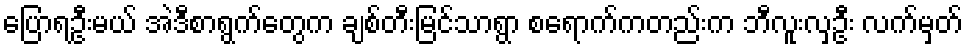
ပြောရဦးမယ် အဲဒီစာရွက်တွေက ချစ်တီးမြင်သာရွာ စရောက်ကတည်းက ဘီလူးလှဦး လက်မှတ်